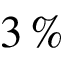
3 \, \%